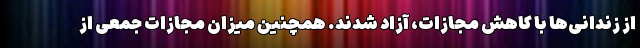
از زندانی‌ها با کاهش مجازات، آزاد شدند. همچنین میزان مجازات جمعی از